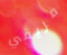
فريقي